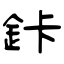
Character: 鉲